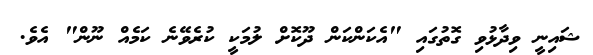
ޝައިނީ ވިދާޅުވި ގޮތުގައި "އެކަންކަން ދޫކޮށް ލުމަކީ ކުރެވޭނެ ކަމެއް ނޫން" އެވެ.